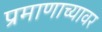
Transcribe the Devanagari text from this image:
प्रमाणाच्यावर